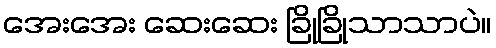
အေးအေး ဆေးဆေး ခြိုခြိုသာသာပဲ။